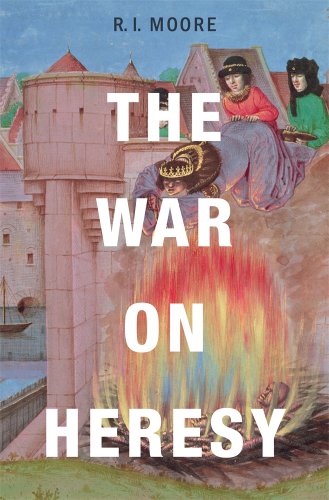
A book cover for The War on Heresy; R. I. Moore; Religion & Spirituality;